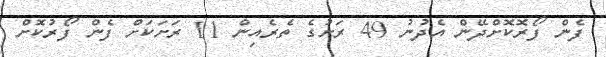
ފެން ފޯރޮކޮށްދޭން އެދުނު 49 ރަށުގެ ތެރެއިން 11 ރަށަކަށް ފެން ފޯރުކޮށް